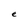
Character: e